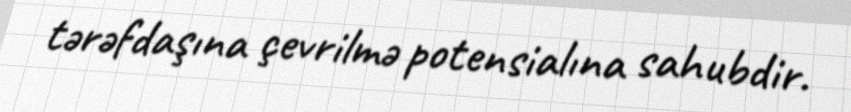
tərəfdaşına çevrilmə potensialına sahubdir.